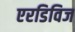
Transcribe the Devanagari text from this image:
एरडिविज